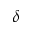
\delta